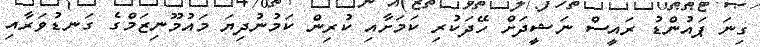
ގިނަ ޕައުންޑު ރައީސް ނަޝީދަށް ހޭދަކުރި ކަމަށާއި ކުރިން ކަމުނުދިޔަ މައުމޫނިޒަމްގެ ގަނޑުވަރާއި